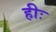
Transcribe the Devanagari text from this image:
हीः